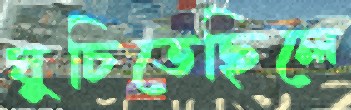
ঘুচিতেছিলে